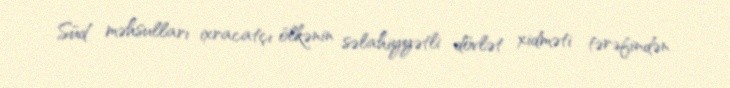
Süd məhsulları ixracatçı ölkənin səlahiyyətli dövlət xidməti tərəfindən